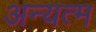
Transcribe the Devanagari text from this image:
अन्यत्म